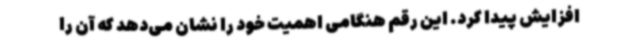
افزایش پیدا کرد. این رقم هنگامی اهمیت خود را نشان می‌دهد که آن را